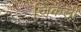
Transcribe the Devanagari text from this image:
जिकली